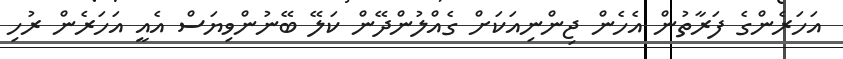
އަހަރެންގެ ފަރާތުން އެހެން ޖިންނިއަކަށް ގެއްލުންދޭން ކަލޭ ބޭނުންވިޔަސް އެއީ އަހަރެން ރުހި